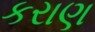
કરાણ